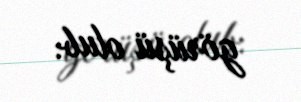
görüşü olub.